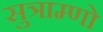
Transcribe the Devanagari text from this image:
सुत्राम्णो